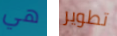
هي تطوير